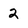
Character: 2